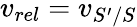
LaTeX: v_{rel}=v_{S^{\prime}/S}